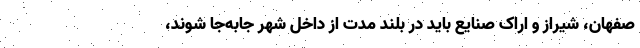
صفهان، شیراز و اراک صنایع باید در بلند مدت از داخل شهر جابه‌جا شوند،